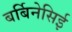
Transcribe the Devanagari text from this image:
बर्बिनेसिई